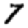
Digit: 7